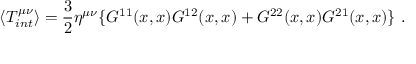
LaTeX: \langle T _ { i n t } ^ { \mu \nu } \rangle = \frac { 3 } { 2 } \eta ^ { \mu \nu } \{ G ^ { 1 1 } ( x , x ) G ^ { 1 2 } ( x , x ) + G ^ { 2 2 } ( x , x ) G ^ { 2 1 } ( x , x ) \} \ .